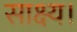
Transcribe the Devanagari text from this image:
साक्ष्य।